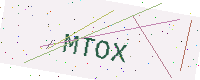
Text: MTOX